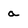
Character: a